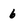
Character: 6